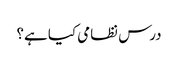
درس نظامی کیا ہے؟